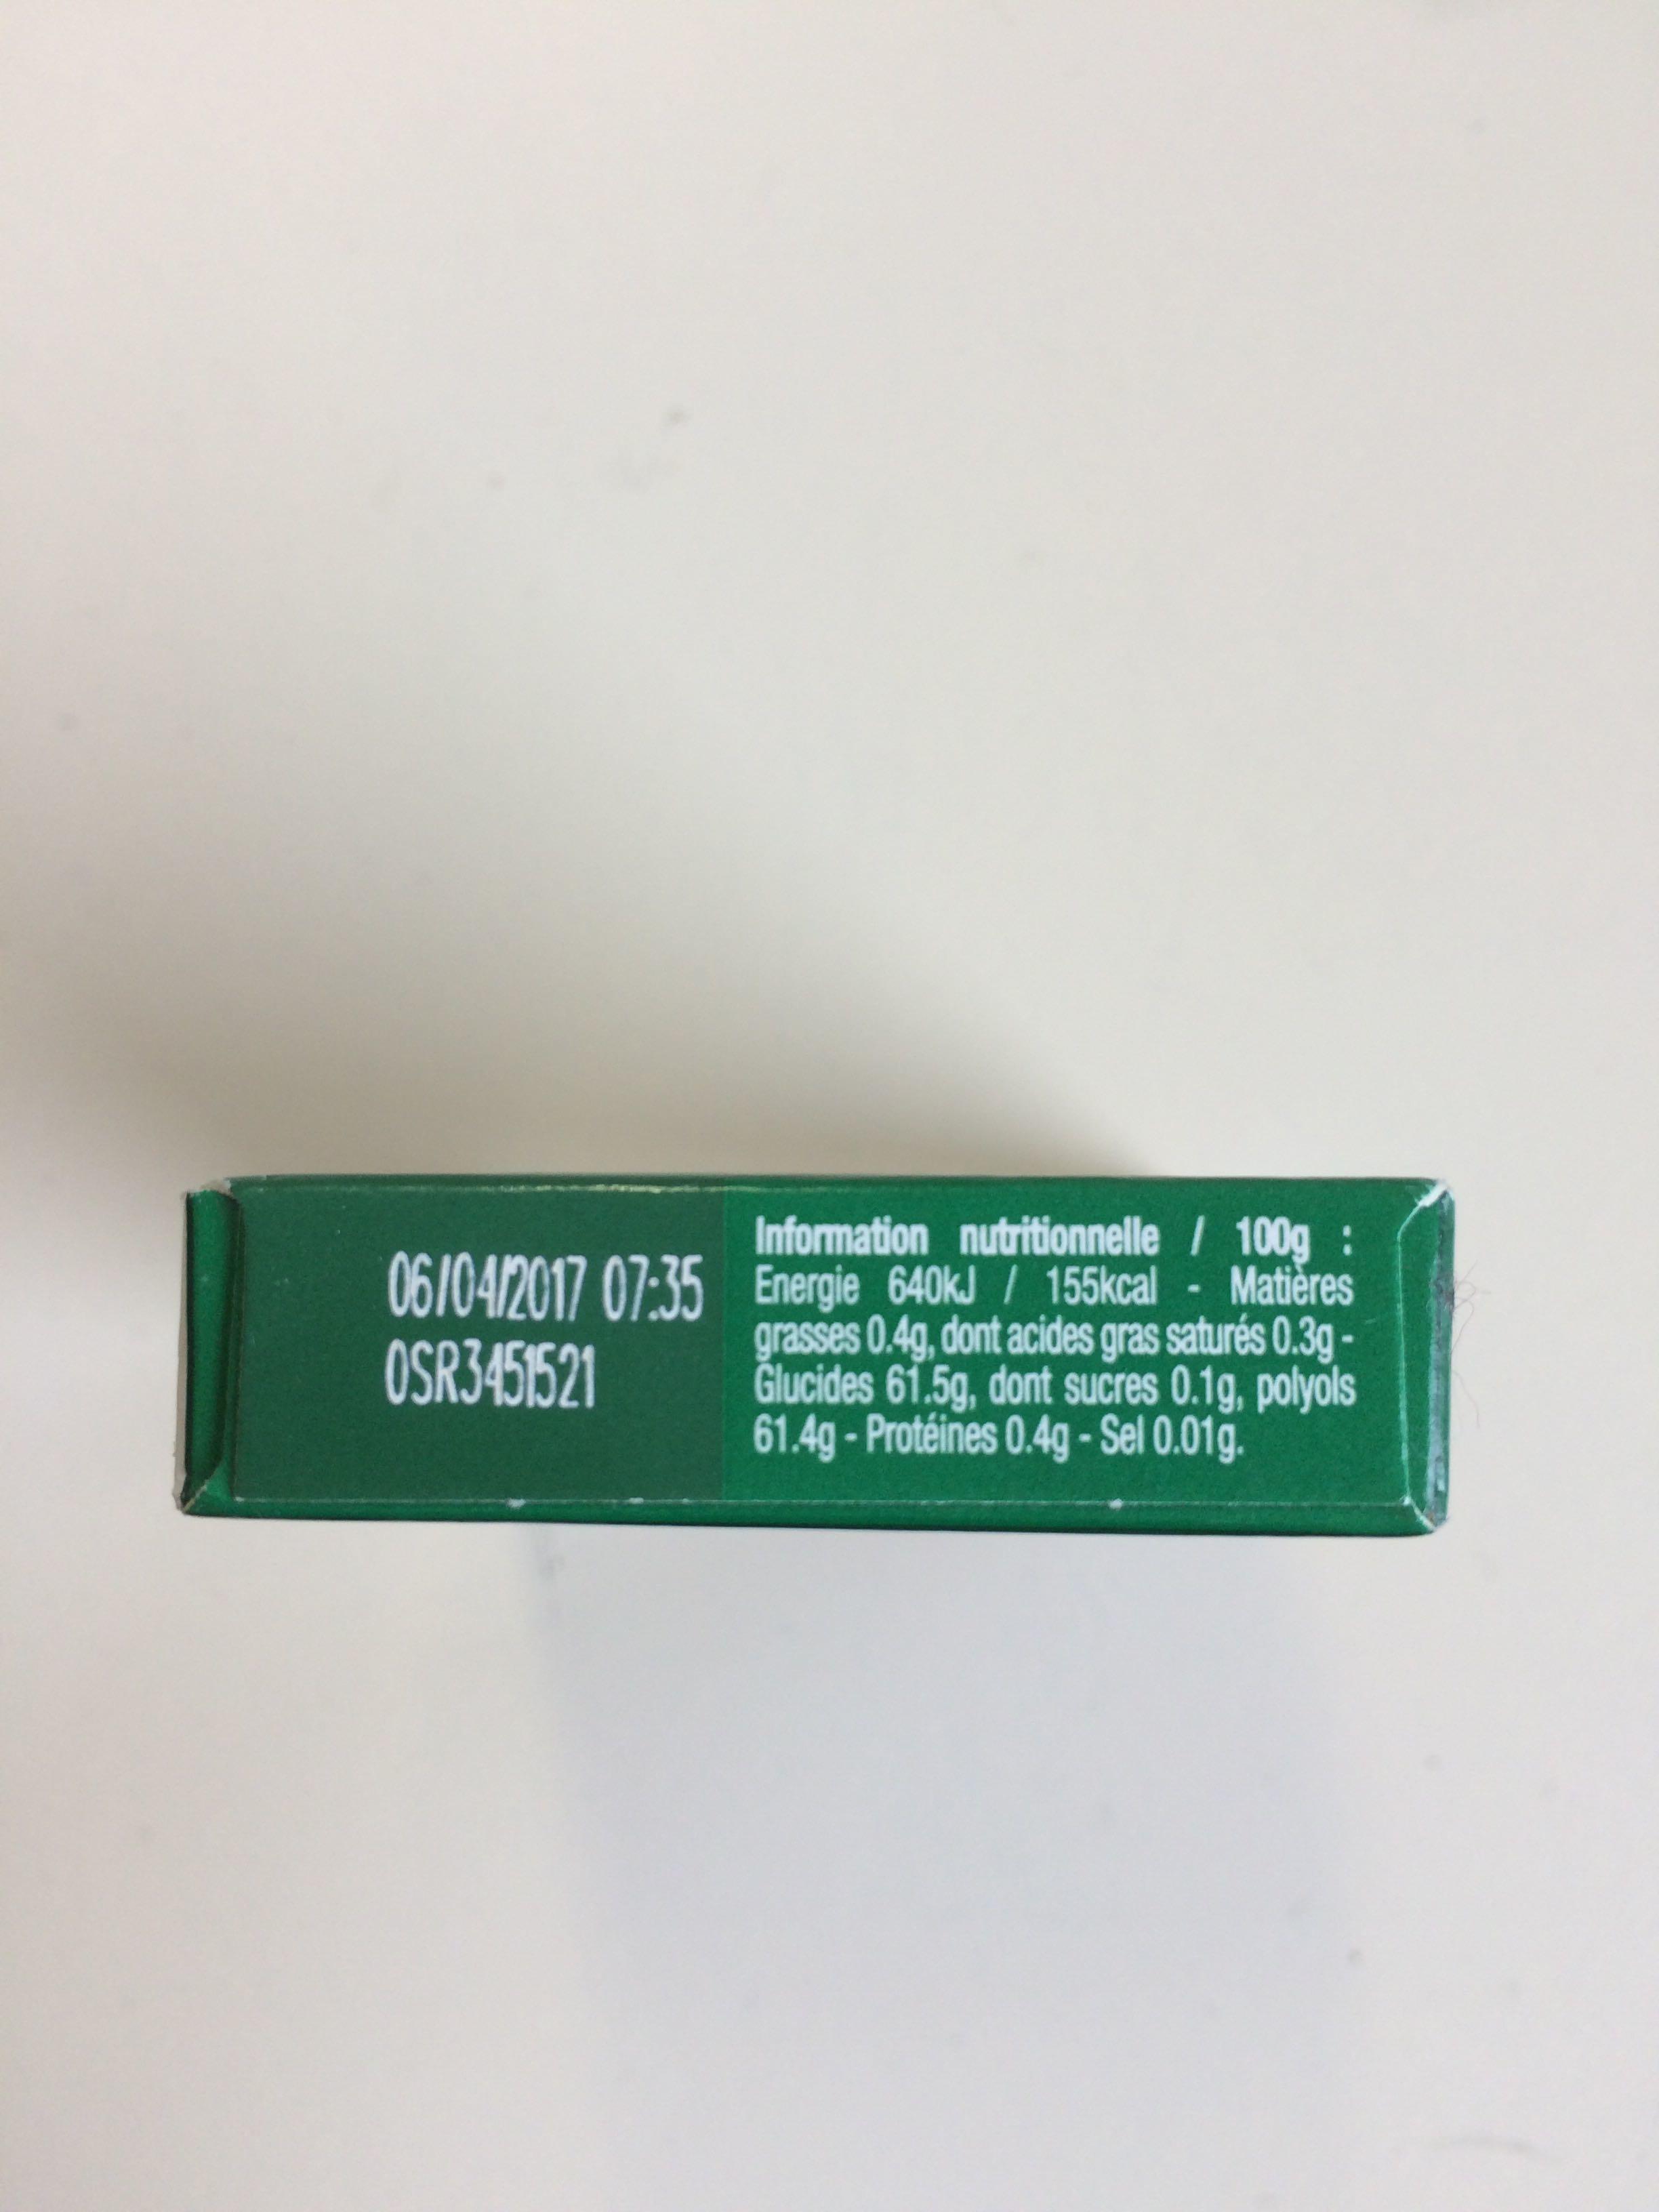
06/04/2017 07:35
OSR3451521
Information nutritionnelle / 100g: Energie 640kJ/ 155kcal Matières
grasses 0.4g, dont acides gras saturés 0.3gGlucides 61.5g, dont sucres 0.1g, polyols 61.4g-Protéines 0.4g-Sel 0.01g.